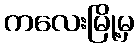
ကလေးမြို့မှ